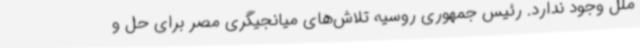
ملل وجود ندارد. رئیس جمهوری روسیه تلاش‌های میانجیگری مصر برای حل و